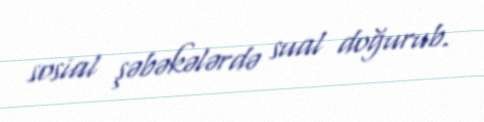
sosial şəbəkələrdə sual doğurub.